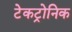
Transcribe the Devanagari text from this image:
टेकट्रोनिक